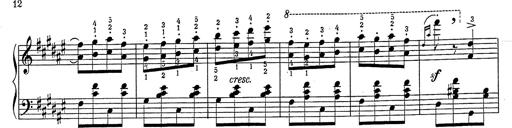
Title: Hungarian Rhapsody No.2
Composer: Franz Liszt
Key: C-sharp minor